Indian journal of veterinary science and animal husbandry - Volumes 28-29, 1958-1959
Year: 1958
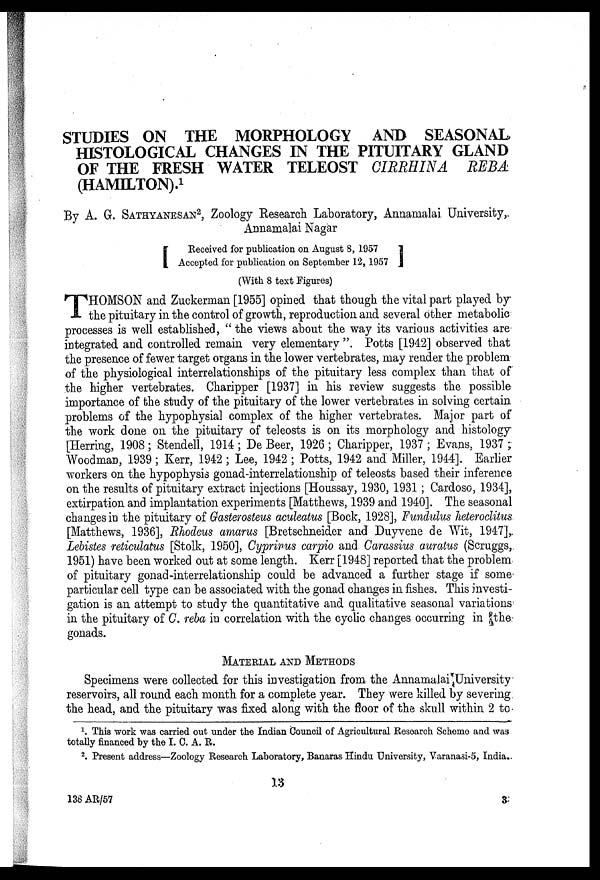
STUDIES ON THE MORPHOLOGY AND SEASONAL
HISTOLOGICAL CHANGES IN THE PITUITARY GLAND
OF THE FRESH WATER TELEOST CIRRHINA REBA
(HAMILTON). 1
By A. G. SATHYANESAN 2 , Zoology Research Laboratory, Annamalai University,
Annamalai Nagar
[Received
for publication on August 8, 1957
Accepted for publication on September 12, 1957]
(With 8 text Figures)
T HOMSON and Zuckerman [1955] opined that though the vital part played by
the pituitary in the control of growth, reproduction and several other metabolic
processes is well established, " the views about the way its various activities are
integrated and controlled remain very elementary ". Potts [1942] observed that
the presence of fewer target organs in the lower vertebrates, may render the problem
of the physiological interrelationships of the pituitary less complex than that of
the higher vertebrates. Charipper [1937] in his review suggests the possible
importance of the study of the pituitary of the lower vertebrates in solving certain
problems of the hypophysial complex of the higher vertebrates. Major part of
the work done on the pituitary of teleosts is on its morphology and histology
[Herring, 1908 ; Stendell, 1914 ; De Beer, 1926 ; Charipper, 1937 ; Evans, 1937 ;
Woodman, 1939 ; Kerr, 1942 ; Lee, 1942 ; Potts, 1942 and Miller, 1944]. Earlier
workers on the hypophysis gonad-interrelationship of teleosts based their inference
on the results of pituitary extract injections [Houssay, 1930, 1931 ; Cardoso, 1934],
extirpation and implantation experiments [Matthews, 1939 and 1940]. The seasonal
changes in the pituitary of Gasterosteus aculeatus [Bock, 1928], Fundulus heteroclitus
[Matthews, 1936], Rhodeus amarus [Bretschneider and Duyvene de Wit, 1947],
Lebistes reticulatus [Stolk, 1950], Cyprinus carpio and Carassius auratus (Scruggs,
1951) have been worked out at some length. Kerr [1948] reported that the problem
of pituitary gonad-interrelationship could be advanced a further stage if some
particular cell type can be associated with the gonad changes in fishes. This investi-
gation is an attempt to study the quantitative and qualitative seasonal variations
in the pituitary of C. reba in correlation with the cyclic changes occurring in the
gonads.
MATERIAL AND METHODS
Specimens were collected for this investigation from the Annamalai University
reservoirs, all round each month for a complete year. They were killed by severing
the head, and the pituitary was fixed along with the floor of the skull within 2 to
1 . This work was carried out under the Indian Council of Agricultural Research Scheme and was
totally financed by the I. C. A. R.
2 . Present address—Zoology Research Laboratory, Banaras Hindu University, Varanasi-5, India.
13
138 AR/57
3